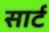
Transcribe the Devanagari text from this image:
सार्ट